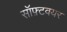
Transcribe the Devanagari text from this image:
सॉफ़्टवयर